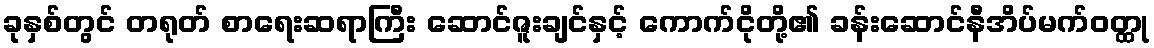
ခုနှစ်တွင် တရုတ် စာရေးဆရာကြီး ဆောင်ဇူးချင်နှင့် ကောက်ငိုတို့၏ ခန်းဆောင်နီအိပ်မက်ဝတ္ထု